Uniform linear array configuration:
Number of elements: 8
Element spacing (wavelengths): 1
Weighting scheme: hann
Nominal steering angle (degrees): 15
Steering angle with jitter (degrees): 14.245
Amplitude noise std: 0.05
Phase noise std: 0.05

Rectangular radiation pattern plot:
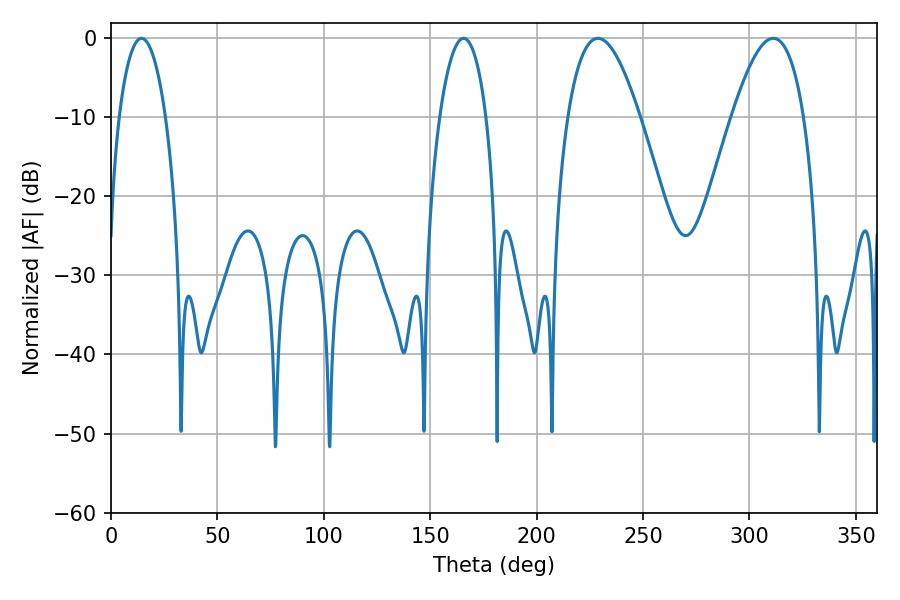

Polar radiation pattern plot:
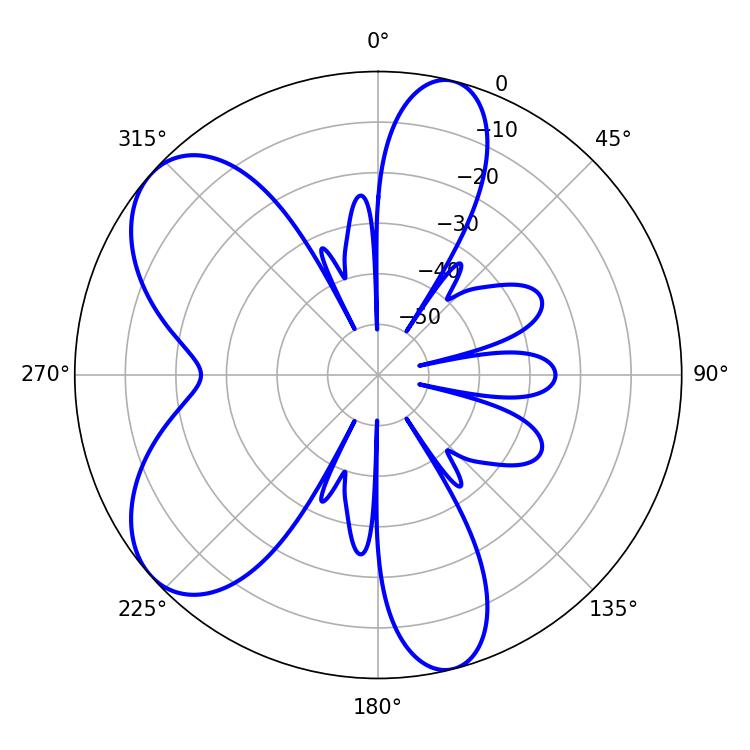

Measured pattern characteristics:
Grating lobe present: TRUE
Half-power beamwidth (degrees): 18.36
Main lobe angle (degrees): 228.78